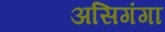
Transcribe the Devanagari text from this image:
असिगंगा